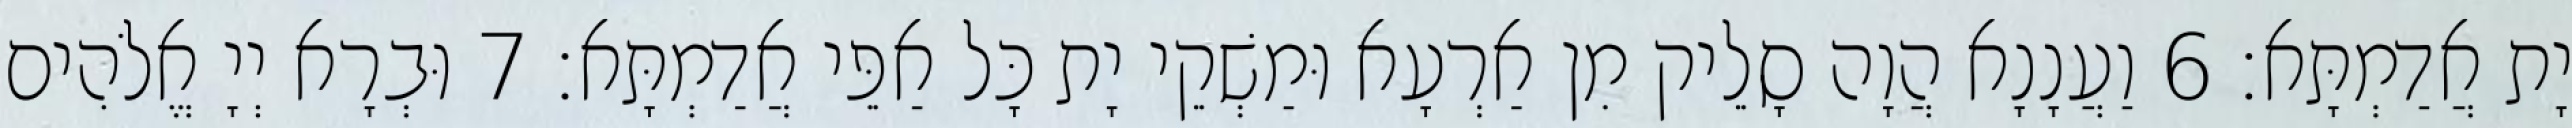
יָת אֲדַמְתָּא׃ 6 וַעֲנָנָא הֲוָה סָלֵיק מִן אַרְעָא וּמַשְׁקֵי יָת כָּל אַפֵּי אֲדַמְתָּא׃ 7 וּבְרָא יְיָ אֱלֹהִים